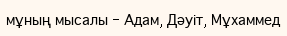
мұның мысалы - Адам, Дәуіт, Мұхаммед